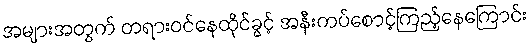
အများအတွက် တရားဝင်နေထိုင်ခွင့် အနီးကပ်စောင့်ကြည့်နေကြောင်း